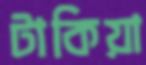
টাকিয়া